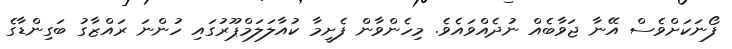
ފޯނަކަށްވެސް އޭނާ ޖަވާބެއް ނުދެއްވައެވެ. މިހެންވާން ފެށީމާ ކުއާލަލަމްޕޫރުގައި ހުންނަ ރައްޒާގު ބަގިންޑާގެ